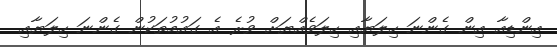
އިންޑިއާ އިން ގެންނަ ހިލަޔާއި ހިލަވެއްޔަށް ވުރެ އެ ގައުމުތަކުން ގެންނަ ހިލަޔާއި